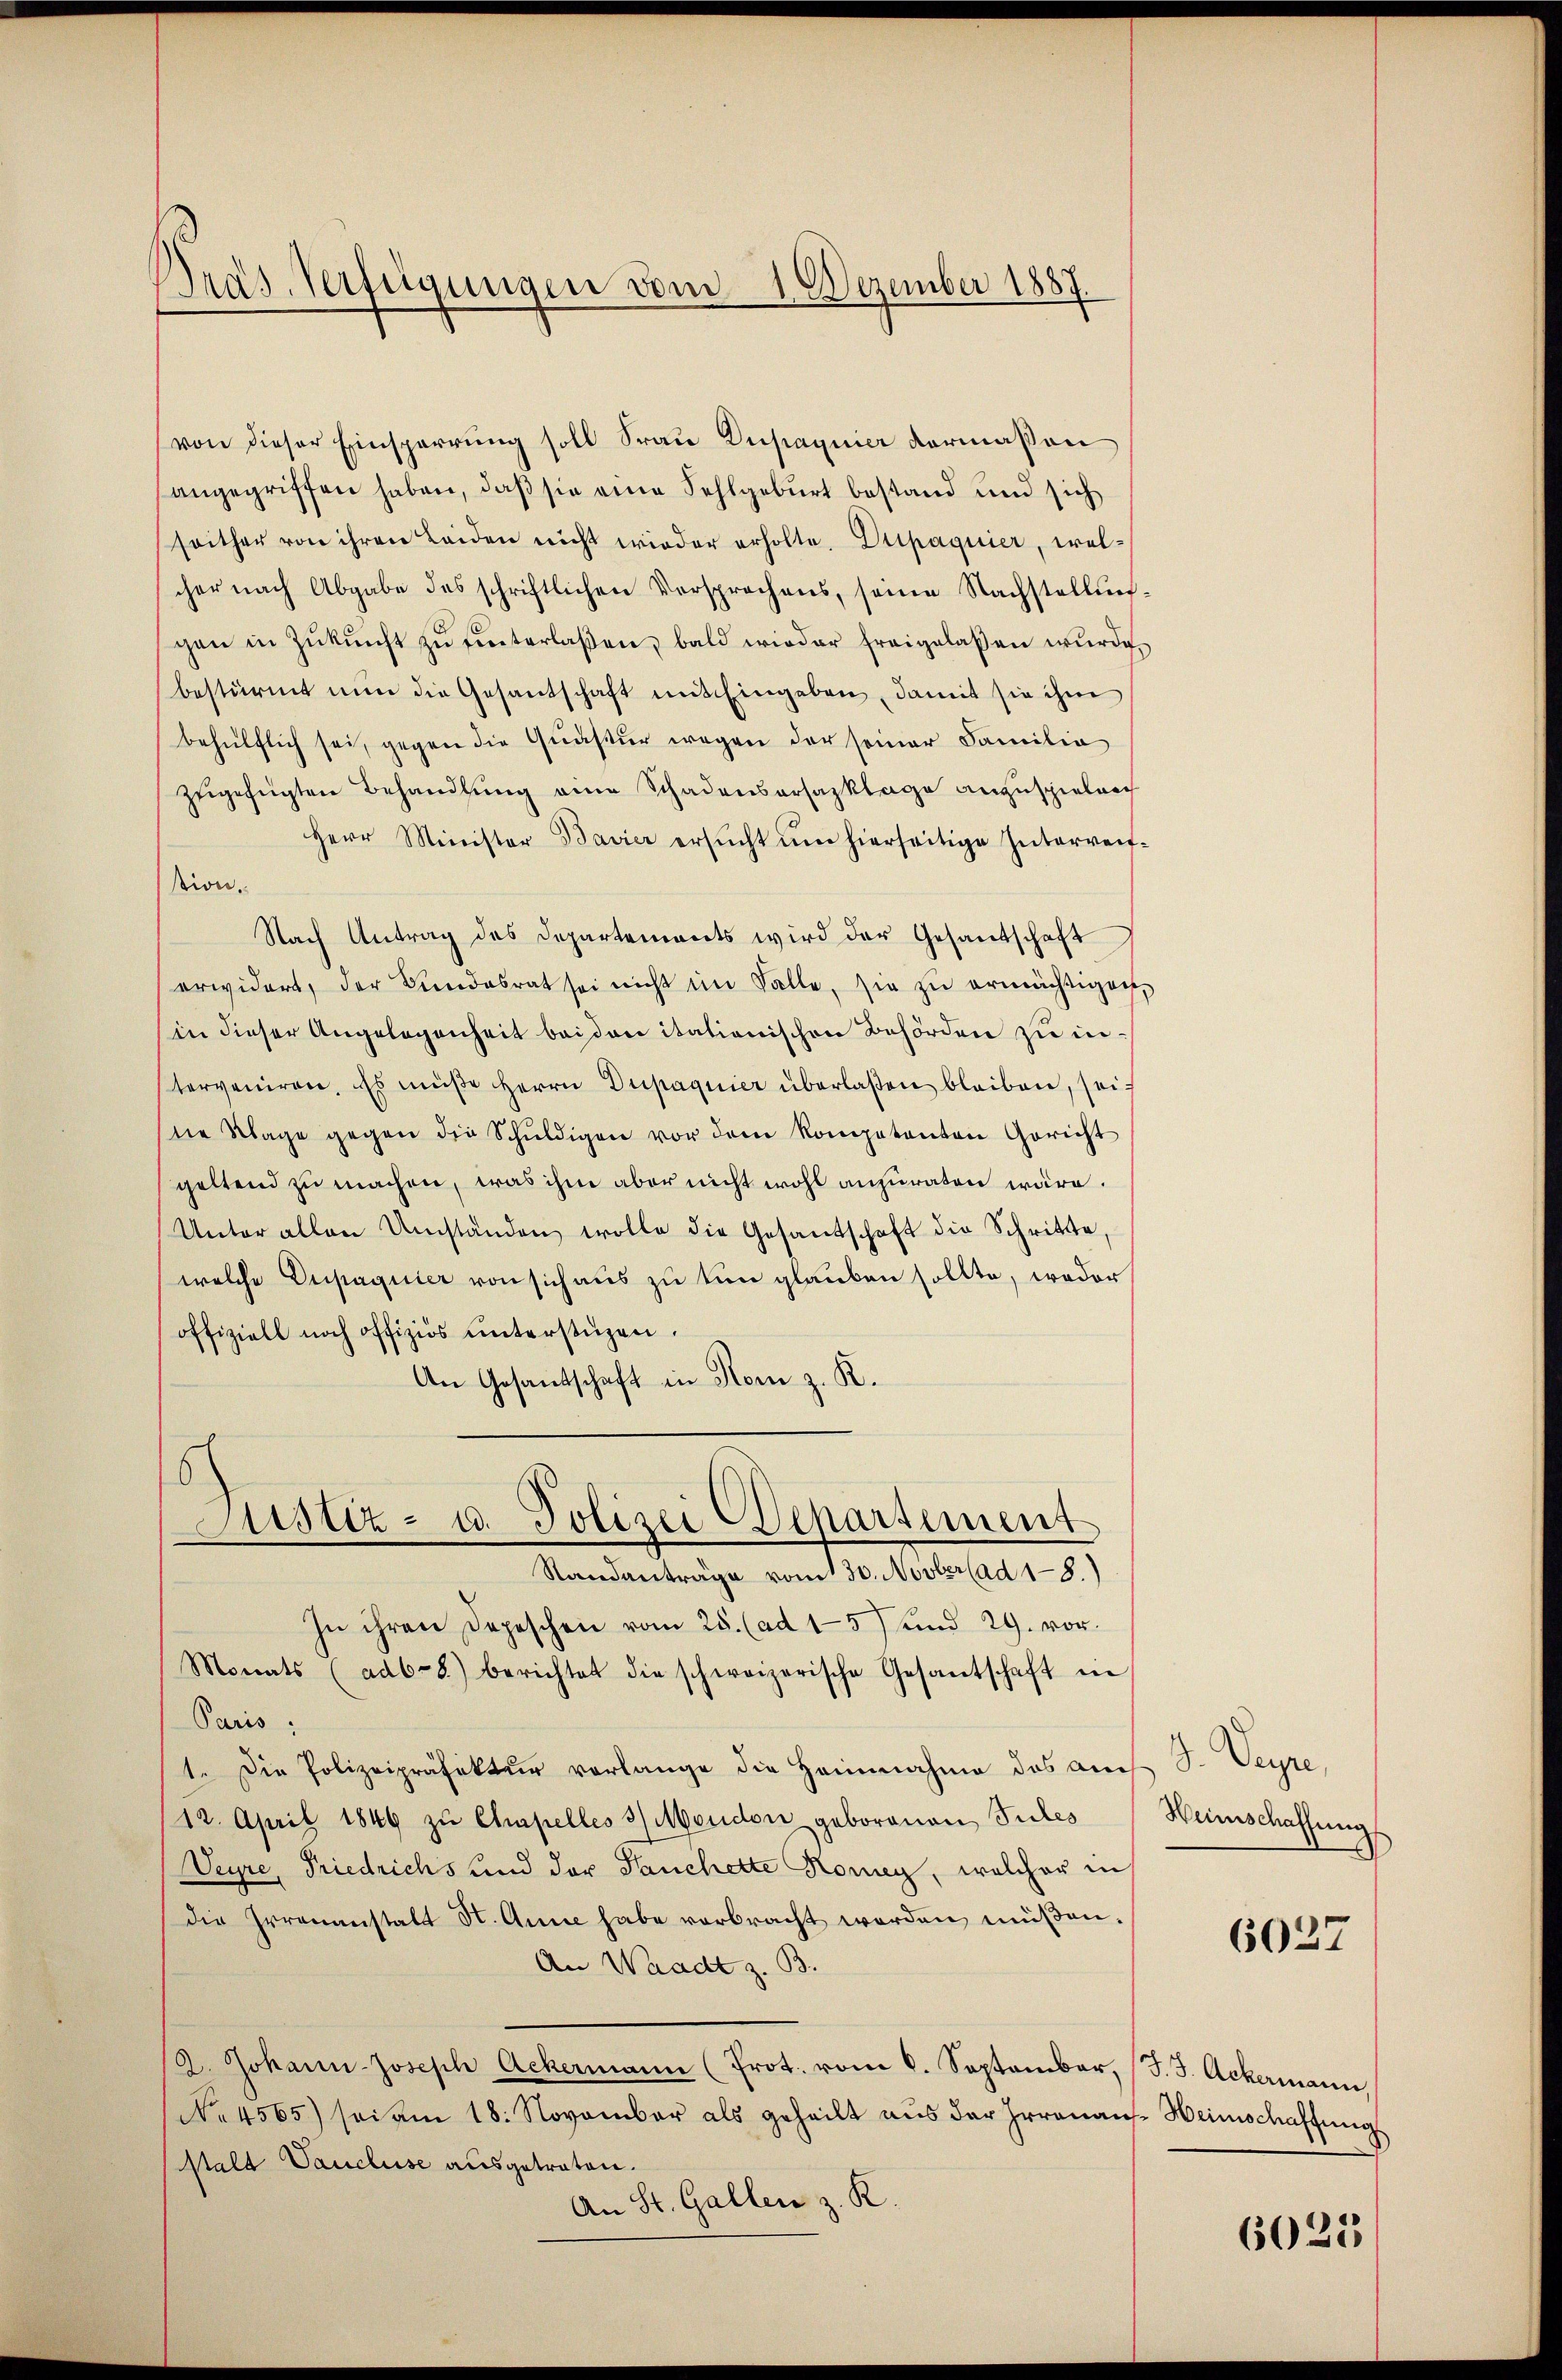
Präs. Verfügungen vom 1. Dezember 1887.

von dieser Einsperrung soll Frau Dupagnier vermaßen
angegriffen haben, daß sie eine Fehlgeburt bestand und sich
seither von ihren Leiden nicht wieder erholte. Diepaquier, welcher nach Abgabe des schriftlichen Versprechens, seine Nachstellungen in Zŭkŭnft zŭ hinterlaßen, bald wieder freigelassen wŭrde.
bestürmt nun die Gesantschaft mit Eingaben, damit sie ihm
behülflich sei, gegen die Quaster wegen der seiner Familia
zugefügten Behandlung eine Schadensersazklage anzuspielrech
Herr Minister Bavier ersŭcht ŭm hierseitige Interweitsion.
Nach Antrag des Departements wird der Gesandschaft
erwidert, der Bundesrat sei nicht im Falle, sie zŭ ermächtigen,
(in dieser Angelegenheit beiden itationischen Behörden zu interveniren. Es müße Herrn Dupagnier überlaßen bleiben, sei
tie Klage gegen die Schŭldigen vor dem Kompetenten Gericht
geltend zu machen, was ihm aber nicht wohl anzuraten wäre.
Unter allen Umständen wolle die Gesandschaft die Schritte
welche Dupaquier von sich aus zu tun glauben sollte, weder
offiziell noch offiziös ŭnterstüzen.
An Gesandschaft in Rom z. R.
Justiz- u. Polizei Departement
Standanträge vom 130. Novber (ad 1-8.)
In ihren Depeschen vom 25. (ad 15) und 29. vor.
Monats (adb-8) berichtet die schweizerische Gesantschaft in
Paris;
1. Die Polizeipräfektur vorlange die Heinnahme des auch S. Veyre,
12. April 1849 zu Ampelles 3 Moudon geborenen Suches
Deyre, Friedrichs und der Tauchette Romen, welcher in
die Irrenanstalt St. Anne habe verbracht worden müßen.
An Waadt z. B.
2. Johann-Joseph Ackermann (Prot. vom 6. September, (J. J. Ackermann,
(No. 4565) sei am 18. November als geheilt aus der Irrenans-Heimschaffung
stalt Vaucluse ausgetraten.
An St. Gallen z. R.

Heinschaffung

6027

6025